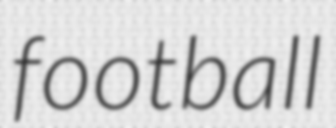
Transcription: football